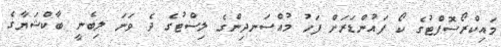
މައިކްރޯސޮފްޓުގެ ކޯ ފައުންޑަރަށް ފަހު މުއްސަނދިންގެ ލިސްޓުގެ ދެ ވަނަ ލިބެނީ ބާކްޝަޔާގެ